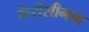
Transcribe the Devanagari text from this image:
केरोसीनचा